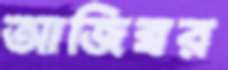
আজিব্বর